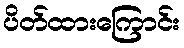
ပိတ်ထားကြောင်း